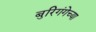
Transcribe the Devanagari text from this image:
बुरिगंगेच्या